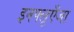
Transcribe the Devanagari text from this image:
इनफ्लूएँजा